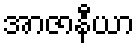
အာဇာနီယာ